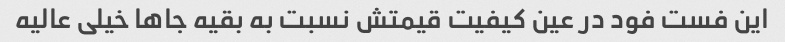
این فست فود در عین کیفیت قیمتش نسبت به بقیه جاها خیلی عالیه